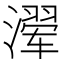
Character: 𰝍